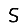
Digit: 5